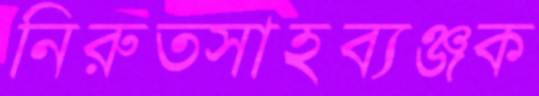
নিরুত্সাহব্যঞ্জক